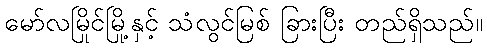
မော်လမြိုင်မြို့နှင့် သံလွင်မြစ် ခြားပြီး တည်ရှိသည်။